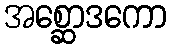
အစ္ဆောဒကော